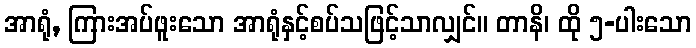
အာရုံ, ကြားအပ်ဖူးသော အာရုံနှင့်စပ်သဖြင့်သာလျှင်။ တာနိ၊ ထို ၅-ပါးသော